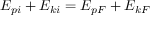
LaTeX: E _ { p i } + E _ { k i } = E _ { p F } + E _ { k F }